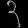
Digit: ၃